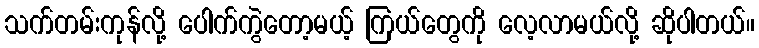
သက်တမ်းကုန်လို့ ပေါက်ကွဲတော့မယ့် ကြယ်တွေကို လေ့လာမယ်လို့ ဆိုပါတယ်။